Annual report on the working of the Harcourt Butler Institute of Public Health, Rangoon
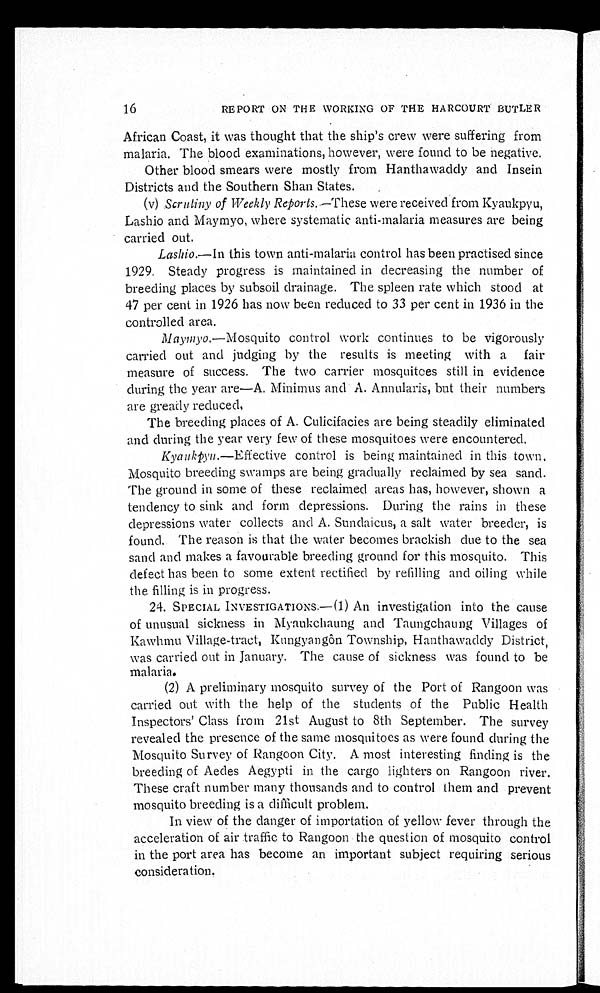
16
REPORT ON THE WORKING OF THE HARCOURT BUTLER
African Coast, it was thought that the ship's crew were suffering from
malaria. The blood examinations, however, were found to be negative.
Other blood smears were mostly from Hanthawaddy and Insein
Districts and the Southern Shan States.
(v) Scrutiny of Weekly Reports . —These were received from Kyaukpyu,
Lashio and Maymyo, where systematic anti-malaria measures are being
carried out.
Lashio .—In this town anti-malaria control has been practised since
1929. Steady progress is maintained in decreasing the number of
breeding places by subsoil drainage. The spleen rate which stood at
47 per cent in 1926 has now been reduced to 33 per cent in 1936 in the
controlled area.
Maymyo. —Mosquito control work continues to be vigorously
carried out and judging by the results is meeting with a fair
measure of success. The two carrier mosquitoes still in evidence
during the year are—A. Minimus and A. Annularis, but their numbers
are greatly reduced.
The breeding places of A. Culicifacies are being steadily eliminated
and during the year very few of these mosquitoes were encountered.
Kyaukpyu. —Effective control is being maintained in this town.
Mosquito breeding swamps are being gradually reclaimed by sea sand.
The ground in some of these reclaimed areas has, however, shown a
tendency to sink and form depressions. During the rains in these
depressions water collects and A. Sundaicus, a salt water breeder, is
found. The reason is that the water becomes brackish due to the sea
sand and makes a favourable breeding ground for this mosquito. This
defect has been to some extent rectified by refilling and oiling while
the filling is in progress.
24. SPECIAL INVESTIGATIONS.—(1) An investigation into the cause
of unusual sickness in Myaukchaung and Taungchaung Villages of
Kawhmu Village-tract, Kungyangôn Township, Hanthawaddy District,
was carried out in January. The cause of sickness was found to be
malaria.
(2) A preliminary mosquito survey of the Port of Rangoon was
carried out with the help of the students of the Public Health
Inspectors' Class from 21st August to 8th September. The survey
revealed the presence of the same mosquitoes as were found during the
Mosquito Survey of Rangoon City. A most interesting finding is the
breeding of Aedes Aegypti in the cargo lighters on Rangoon river.
These craft number many thousands and to control them and prevent
mosquito breeding is a difficult problem.
In view of the danger of importation of yellow fever through the
acceleration of air traffic to Rangoon the question of mosquito control
in the port area has become an important subject requiring serious
consideration.